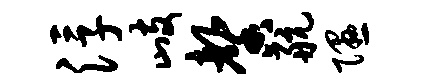
浮歧馨航隰